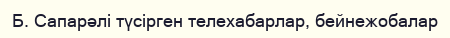
Б. Сапарәлі түсірген телехабарлар, бейнежобалар